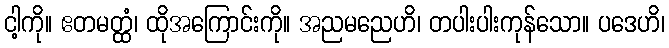
ငါ့ကို။ ဧတမတ္ထံ၊ ထိုအကြောင်းကို။ အညမညေဟိ၊ တပါးပါးကုန်သော။ ပဒေဟိ၊